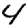
Digit: 4